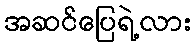
အဆင်ပြေရဲ့လား